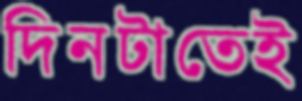
দিনটাতেই